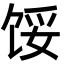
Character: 馁